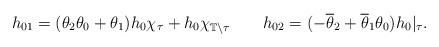
LaTeX: \begin{align*}h_{01}=(\theta_2\theta_0+\theta_1)h_0\chi_\tau + h_0\chi_{\mathbb T\setminus\tau}\ \ \ \ \ \ h_{02}= (-\overline\theta_2+\overline\theta_1\theta_0)h_0|_\tau. \end{align*}